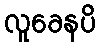
လူခေနပိ